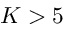
K > 5